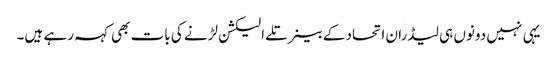
یہی نہیں دونوں ہی لیڈران اتحاد کے بینر تلے الیکشن لڑنے کی بات بھی کہہ رہے ہیں۔